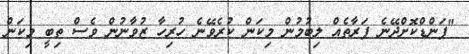
"ފަންޑްކޮށްދޭނެ ފަރާތެއް ލިބުމުން މިކަން ކުރެވޭނެ ހުރިހާ ޒުވާނުން ވެސް ތިބީ މިކަން